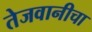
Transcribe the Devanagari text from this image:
तेजवानीचा